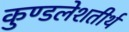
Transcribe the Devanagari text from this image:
कुण्डलेशतीर्थ